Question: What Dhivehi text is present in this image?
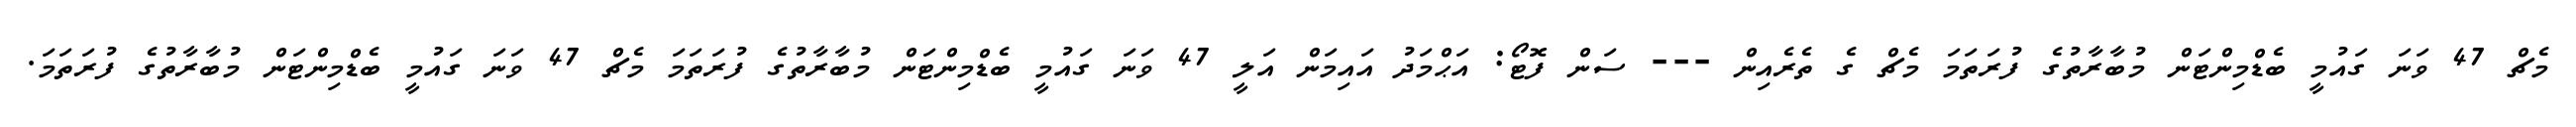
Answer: މެޗް 47 ވަނަ ގައުމީ ބެޑްމިންޓަން މުބާރާތުގެ ފުރަތަމަ މެޗް ގެ ތެރެއިން --- ސަން ފޮޓޯ: އަޙްމަދު އައިމަން އަލީ 47 ވަނަ ގައުމީ ބެޑްމިންޓަން މުބާރާތުގެ ފުރަތަމަ މެޗް 47 ވަނަ ގައުމީ ބެޑްމިންޓަން މުބާރާތުގެ ފުރަތަމަ.